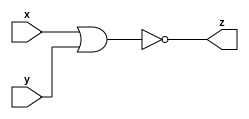
module nor_gate (x, y, z);
  input x;
  input y;
  output z;
  
  assign z = ~(x|y) ;
  
  
endmodule